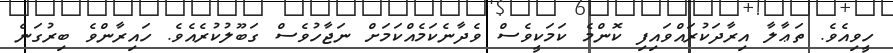
ހީވިއެވެ. ތަޢާލާ އިރާދަކުރައްވައިފި ކޮންމެ ކަމަކީވެސް ވެދާނެކަމެއްކަމަށް ނަޖާހުވެސް ގަބޫލުކުރެއެވެ. ހައިރާންވެ ބިރުގަނެ